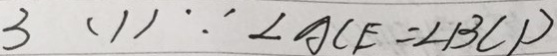
3 ( 1 ) \because \angle A C E = \angle B C D